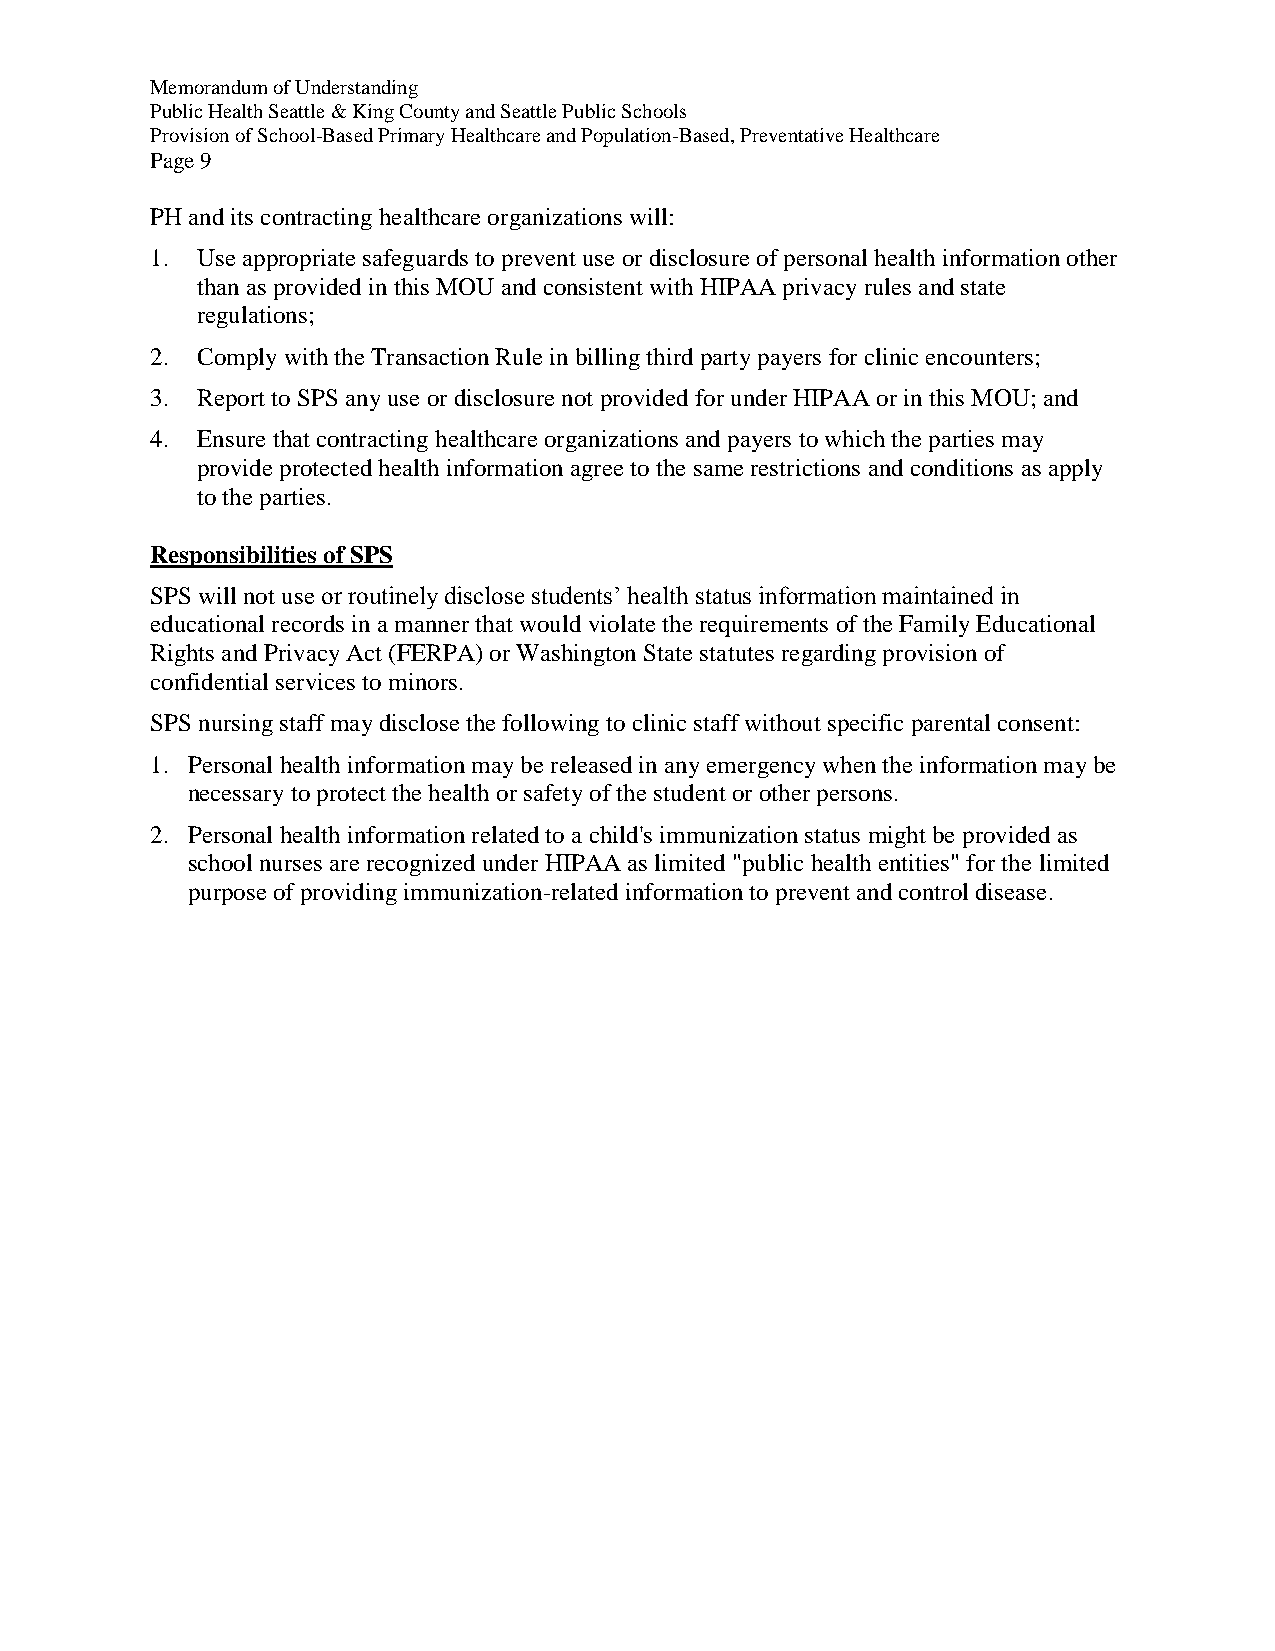
Memorandum of Understanding
 Public Health Seattle & King County and Seattle Public Schools
 Provision of School-Based Primary Healthcare and Population-Based, Preventative Healthcare
 Page 9
 PH and its contracting healthcare organizations will:
 1. Use appropriate safeguards to prevent use or disclosure of personal health information other
 than as provided in this MOU and consistent with HIPAA privacy rules and state
 regulations;
 2. Comply with the Transaction Rule in billing third party payers for clinic encounters;
 3. Report to SPS any use or disclosure not provided for under HIPAA or in this MOU; and
 4. Ensure that contracting healthcare organizations and payers to which the parties may
 provide protected health information agree to the same restrictions and conditions as apply
 to the parties.
 Responsibilities of SPS
 SPS will not use or routinely disclose students’ health status information maintained in
 educational records in a manner that would violate the requirements of the Family Educational
 Rights and Privacy Act (FERPA) or Washington State statutes regarding provision of
 confidential services to minors.
 SPS nursing staff may disclose the following to clinic staff without specific parental consent:
 1. Personal health information may be released in any emergency when the information may be
 necessary to protect the health or safety of the student or other persons.
 2. Personal health information related to a child's immunization status might be provided as
 school nurses are recognized under HIPAA as limited "public health entities" for the limited
 purpose of providing immunization-related information to prevent and control disease.